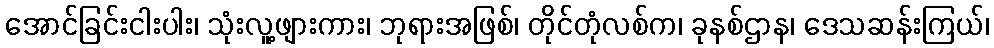
အောင်ခြင်းငါးပါး၊ သုံးလူ့ဖျားကား၊ ဘုရားအဖြစ်၊ တိုင်တုံလစ်က၊ ခုနစ်ဌာန၊ ဒေသဆန်းကြယ်၊